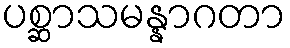
ပစ္ဆာသမန္နာဂတာ